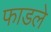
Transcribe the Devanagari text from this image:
फाडले